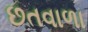
છતવાળા